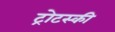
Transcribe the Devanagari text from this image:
ट्रोटस्की